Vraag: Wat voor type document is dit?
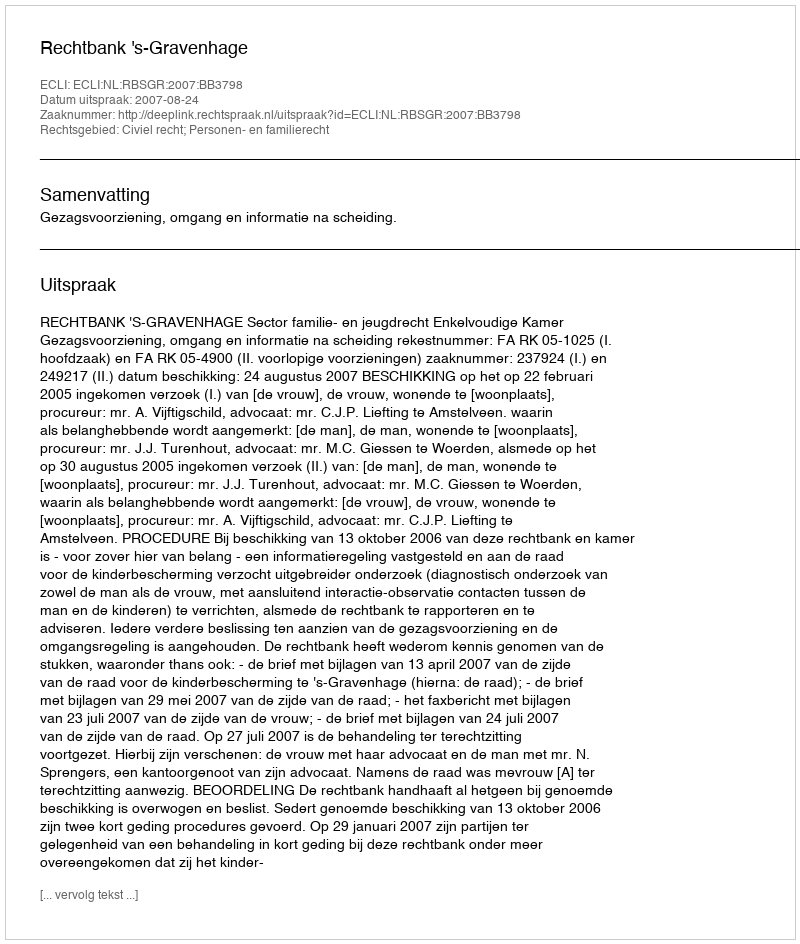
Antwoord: Uitspraak